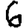
Digit: 6